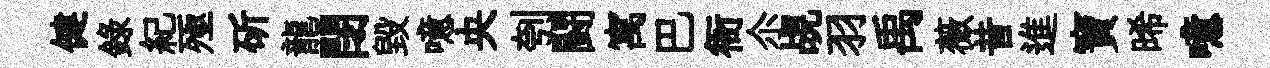
健錄紀殛斫龍閉毀噫央刳闘寓巴衙尒覘羽禹薇昔進寶晞噫